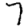
Digit: 7